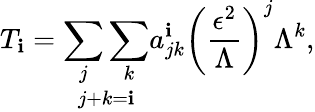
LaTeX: T_{\mathbf{i}}=\underset{j+k=\mathbf{i}}{\sum_{j}\sum_{k}}a_{jk}^{\mathbf{i}}\left(\frac{{\epsilon^{2}}}{{\Lambda}}\right)^{j}\Lambda^{k},